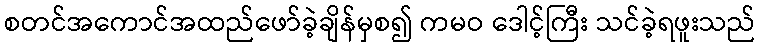
စတင်အကောင်အထည်ဖော်ခဲ့ချိန်မှစ၍ ကမဝ ဒေါင့်ကြီး သင်ခဲ့ရဖူးသည်